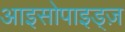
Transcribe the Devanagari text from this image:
आइसोपाइड्ज़